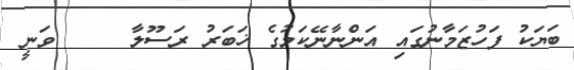
ބަޔަކު ފަހުޒަމާނުގައި އަންނާނޭކަމުގެ ޚަބަރު ރަސޫލާ     ވަނީ